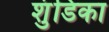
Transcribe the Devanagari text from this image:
शुंडिका